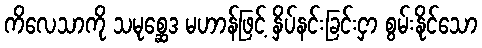
ကိလေသာကို သမုစ္ဆေဒ မဟာန်ဖြင့် နှိပ်နင်းခြင်းငှာ စွမ်းနိုင်သော